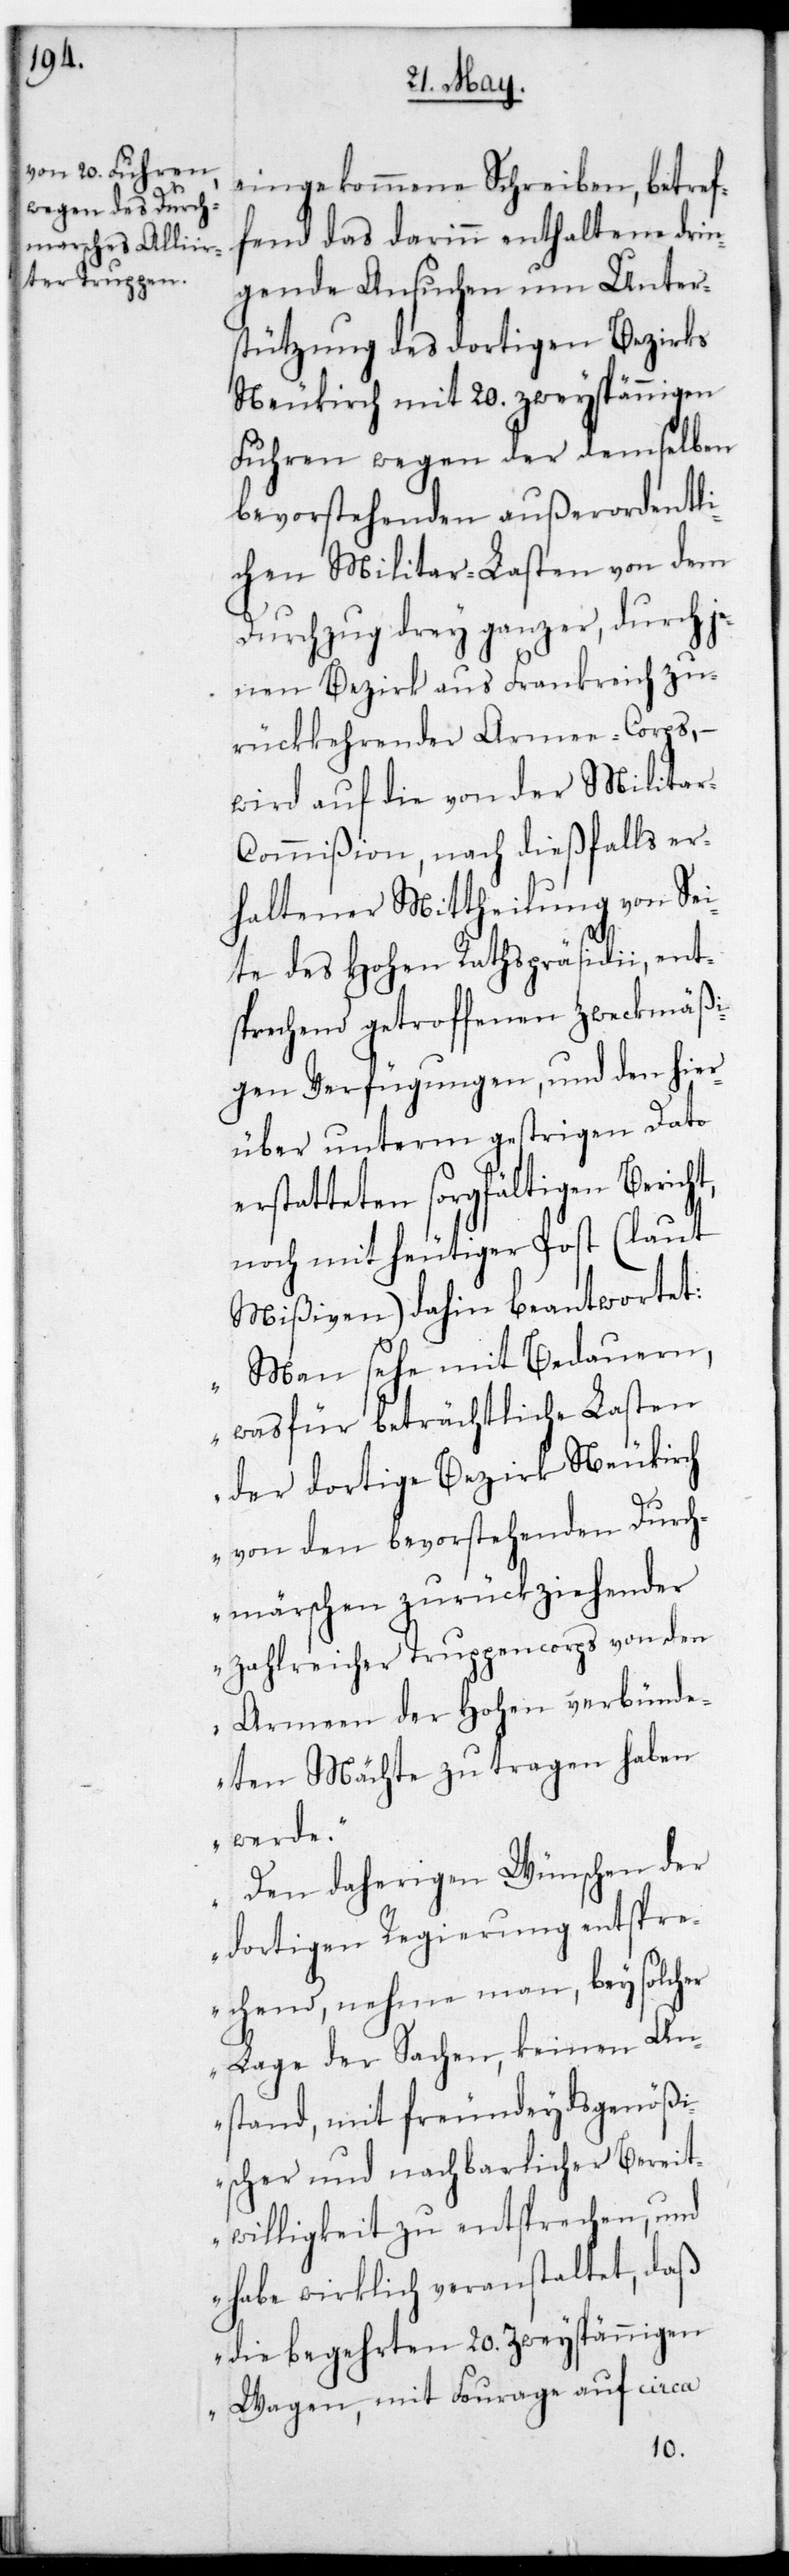
eingekommene Schreiben, betref¬
fend das darinn enthaltene drin¬
gende Ansuchen um Unter¬
stützung des dortigen Bezirks
Neukirch mit 20. zweyspännigen
Fuhren wegen der demselben
bevorstehenden außerordentli¬
chen Militar-Lasten von dem
Durchzug drey ganzer, durch je¬
nen Bezirk aus Frankreich zu¬
rückkehrender Armeecorps, –
wird auf die von der Milita¬
r-Commißion, nach dießfalls er¬
haltener Mittheilung von Sei¬
te des Hohen Rathspräsidii, ent¬
sprechend getroffenen zweckmäßi¬
gen Verfügungen, und den hier¬
über unterm gestrigen Dato
erstatteten sorgfältigen Berich¬
noch mit heutiger Post (laut
Mißiven) dahin beantwortet:
„Man sehe mit Bedauern,
was für beträchtliche Lasten
der dortige Bezirk Neukirch
von den bevorstehenden Durch¬
märschen zurückziehender
zahlreicher Truppencorps von den
Armeen der Hohen verbünde¬
ten Mächte zu tragen haben
werde.
Den daherigen Wünschen der
t,
dortigen Regierung entspre¬
chend, nehme man, bey solcher
Lage der Sachen keinen An¬
stand, mit freundeydsgenößi¬
scher und nachbarlicher Bereit¬
willigkeit zu entsprechen, und
habe wirklich veranstaltet, daß
die begehrten 20. zweyspännigen
Wagen, mit Fourage auf circa